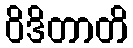
ဝိဒိတာတိ